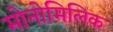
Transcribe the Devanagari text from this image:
मोनोमिलिक